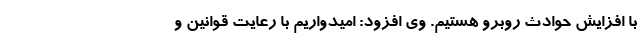
با افزایش حوادث روبرو هستیم. وی افزود: امیدواریم با رعایت قوانین و